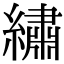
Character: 繡